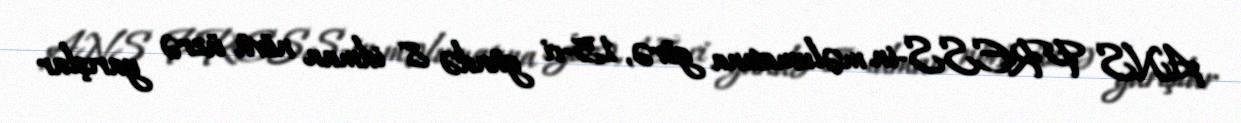
ANS PRESS-in məlumatına görə, 15-ci gündə 8 idman növü üzrə yarışlar